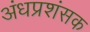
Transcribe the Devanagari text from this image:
अंधप्रशंसक